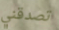
تصدقني